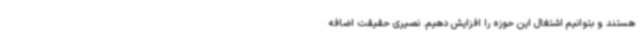
هستند و بتوانیم اشتغال این حوزه را افزایش دهیم. نصیری حقیقت اضافه